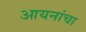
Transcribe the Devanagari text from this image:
आयनांचा